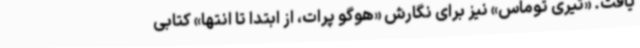
یافت. «تیری توماس» نیز برای نگارش «هوگو پرات، از ابتدا تا انتها» کتابی